Vital statistics of India. Vol. IV, Annual returns from 1871 to 1876. British Army of India, Native Army and jails of Bengal
Year: 1871
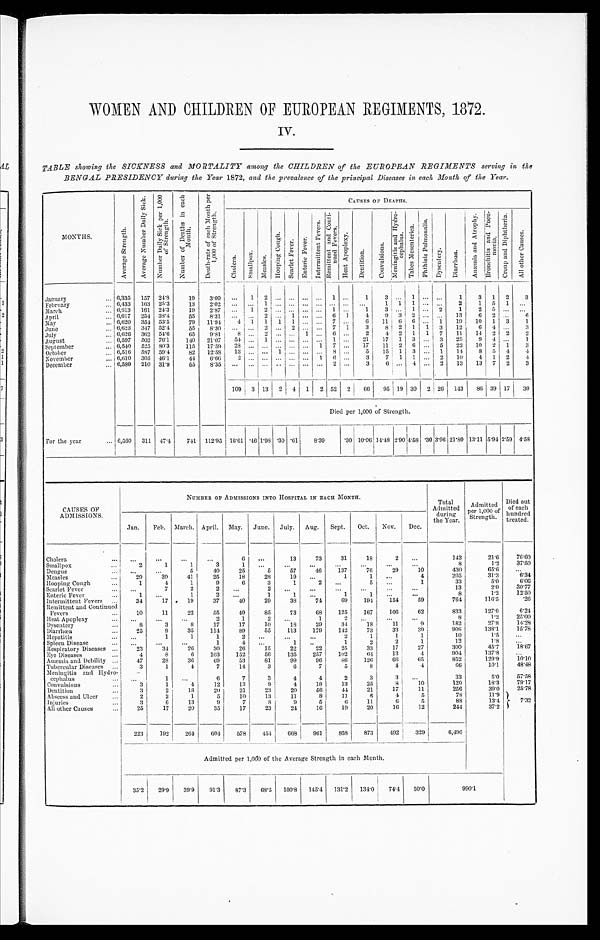
WOMEN AND CHILDREN OF EUROPEAN REGIMENTS , 1872 .
IV.
TABLE showing the SICKNESS and MORTALITY among the CHILDREN of the EUROPEAN REGIMENTS serving in the
BENGAL PRESIDENCY during the Year 1872, and the prevalence of the principal Diseases in each Month of the Year.
MONTHS.
A v e r a g e S t r e n g t h .
A v e r a g e N u m b e r D a i l y S i c k .
N u m b e r D a i l y S i c k p e r 1 , 0 0 0 o f S t r e n g t h .
N u m b e r o f D e a t h s i n e a c h M o n t h .
D e a t h - r a t e o f e a c h M o n t h p e r 1 , 0 0 0 o f S t r e n g t h .
C A U S E S O F D E A T H S .
C h o l e r a . S m a l l p o x .
M e a s l e s .
H o o p i n g C o u g h .
S c a r l e t F e v e r .
E n t e r i c F e v e r s .
I n t e r m i t t e n t F e v e r s .
R e m i t t e n t a n d C o n t i n u e d F e v e r s .
H e a t A p o p l e x y .
D e n t i t i o n .
C o n v u l s i o n s .
M e n i n g i t i s a n d H y d r o c e p h a l u s .
T a b e s M e s e n t e r i c a .
P h t h i s i s P u l m o n a l i s .
D y s e n t e r y . D i a r r h œ a .
A n œ m i a a n d A t r o p h y .
B r o n c h i t i s a n d P n e u m o n i a .
C r o u p a n d D i p h t h e r i a .
A l l o t h e r C a u s e s .
January
... 6,335 157 24.8
19
3.00 ...
1 2 ... ... ... ... 1 ...
1
3 ...
1
. . .
. . .
1
3 1 2
3
February ...
6.433 163 25.3
1 3
2 . 0 2
. . .
. . .
1
. . . ...
. . .
. . .
. . . . . .
. . .
1 1
1
...
. . .
2
1 5 1 ...
March
... 6,613 161 24.3
19
2.87 ...
1 2 ... ... ... ...
1 ...
1
3 ... 1 ...
2
1
2
5
. . .
. . .
April
6,617 254 38.4
55
8.31
. . .
. . .
2
. . .
1
. . .
. . .
6
1
4
9 3 2 ... ... 13
6 2 ...
6
May
6,620 354 53.5
79
11.94
4 1 1 1 1 ... ... 7 ...
6
11 6 6 ... 1
19
10 1 3
1
June
6,623 347 52.4
55
8.30
. . .
. . . 2
. . . 2
. . .
. . . 7 1
3
8 2 1
1 3
12
6 4 ...
3
July
6,626 362 54.6
65
9.81
8 ...
2 ... ...
1 ...
6
. . .
2
4 2 1 1 7
11
14 2
2
2
August
6,597 502 76.1
140
21.07
54
. . . 1
. . . ...
. . .
. . . 1
. . . 21
17 1 3
. . . 3
25
9
4
. . .
1
September
6,540 525 80.3
115
17.59
28 ... ...
. . . . . .
. . .
1
7 ...
17
11 2 6 ... 5
22
10 2 1
3
October
6,516 387 59.4
82
12.58
13 ... ... 1 ... ... ... 8 ...
5
15 1 3
. . . 1
14
8 5 4
4
November
6,610 305 46.1
44
6.66
2
. . .
. . .
. . .
...
. . .
1
6
. . .
3
7
1
1
...
2
10
4 1 2
4
December
6,589 210 31.9
5 5
8 . 3 5
. . .
. . .
. . .
. . .
...
. . .
. . .
2
. . .
3
6 ... 4 ... 2
13
13 7 2
3
109 3
1 3 2 4 1 2 52 2
66
95 19 30 2 26 143
86 39 17
30
Died per 1,000 of Strength.
For the year
6,560 311 47.4
741 112.95 16.61 .46
1 . 9 8 .30 .61
8.39
.30 10.06 14.48 2.904.58 .30 3.96 21.80 13.11 5.94 2.59 4 . 5 8
CAUSES OF
ADMISSIONS.
NUMBER OF ADMISSIONS INTO HOSPITAL IN EACH MONTH.
Total
Admitted
during
the Year.
Admitted per 1, 000 of
Strength.
Died out
of each
hundred
treated.
Jan.
Feb. March. April. May. June. July. Aug.
Sept.
Oct.
Nov.
Dec.
C h o l e r a
. . .
. . .
. . .
. . .
6
. . .
13
73
31
18
2
. . .
143
21.6
76.60
Smallpox
2
1
1
3
1 ...
. . .
...
...
. . .
...
8
1.2
37.50
Dengue
. . .
...
5
40
25
5
5 7
46
137
76
29
10
430
65.6
...
Measles
2 9
39
41
25
18
28
19
...
1
1
...
4
205
31.3
6.34
Hooping Cough
1
4
1
9
6
3
1
2
...
5
. . .
1
33
5.0
6.06
Scarlet Fever
. . .
7
2
2
. . .
2
. . .
...
. . .
. . .
. . .
...
13
2.0
30.77
Enteric Fever
1
. . .
1
2
. . .
1
1
. . .
1
1
...
...
8
1.2
12.50
Intermittent Fevers
34
17
19
37
40
29
38
74
69
194
154
59
764
116.5
.26
Remittent and Continued
Fevers
10
11
22
55
49
85
73
68
125
167
106
62
833
127.0
6.24
Heat Apopl exy
. . .
. . .
. . .
2
1
2
. . .
1
2
. . .
. . .
. . .
8
1.2
25.00
Dysentery
8
3
8
17
17
10
18
29
34
18
11
9
182
27.8
14.28
Diarrhœa
25
9
35
114
89
55
113
179
142
73
33
39
906
138.1
15.78
Hepatitis
. . .
1
1
1
2
. . . ...
...
2
1
1
1
10
1.5
...
Spleen Diseases
. . .
. . . ...
1
4
. . .
1
. . .
1
2
2
1
1 2
1 . 8
. . .
Respiratory Diseases
23
34
26
30
26
15
22
22
25
33
17
27
300
45.7
1 8 . 6 7
Eye Diseases
4
8
6
103
152
56
135
257
102
64
13
4
904
137.8
. . .
Anæmia and Debility
47
28
36
69
53
81
99
96
86
126
66
65
852
129.9
10.10
Tubercular Diseases
3
1
4
7
14
3
6
7
5
8
4
4
66
10.1
48.48
Meningitis and Hydro-
c ephalus
...
1
...
6
7
3
4
4
2
3
3
...
33
5.0
57.58
Convulsions
3
1
4
12
13
9
4
18
13
25
8
10
120
18.3
79.17
Dentition
3
2
18
20
21
23
20
56
44
21
17
11
256
39.0
25.78
Abscess and Ulcer
2
2
1
5
10
13
11
8
11
6
4
5
78
11.9
7.32
I n j u r i e s
3
6
13
9
7
8
9
5
6
11
6
5
88
13.4
All other Causes
25
17
20
35
17
23
24
16
19
20
16
12
244
37.2
223
192
264
604
578
4 5 4
668
961
858
873
492
329
6,496
Admitted per 1,000 of the Average Strength in each Month.
35.2
29.9
39.9
91.3
87.3
68.5
100.8 145.4 131.2
134.0
74.4
50.0
990.1